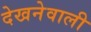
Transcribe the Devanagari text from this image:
देखनेवाली